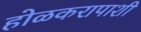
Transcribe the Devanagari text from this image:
होळकरापाशी